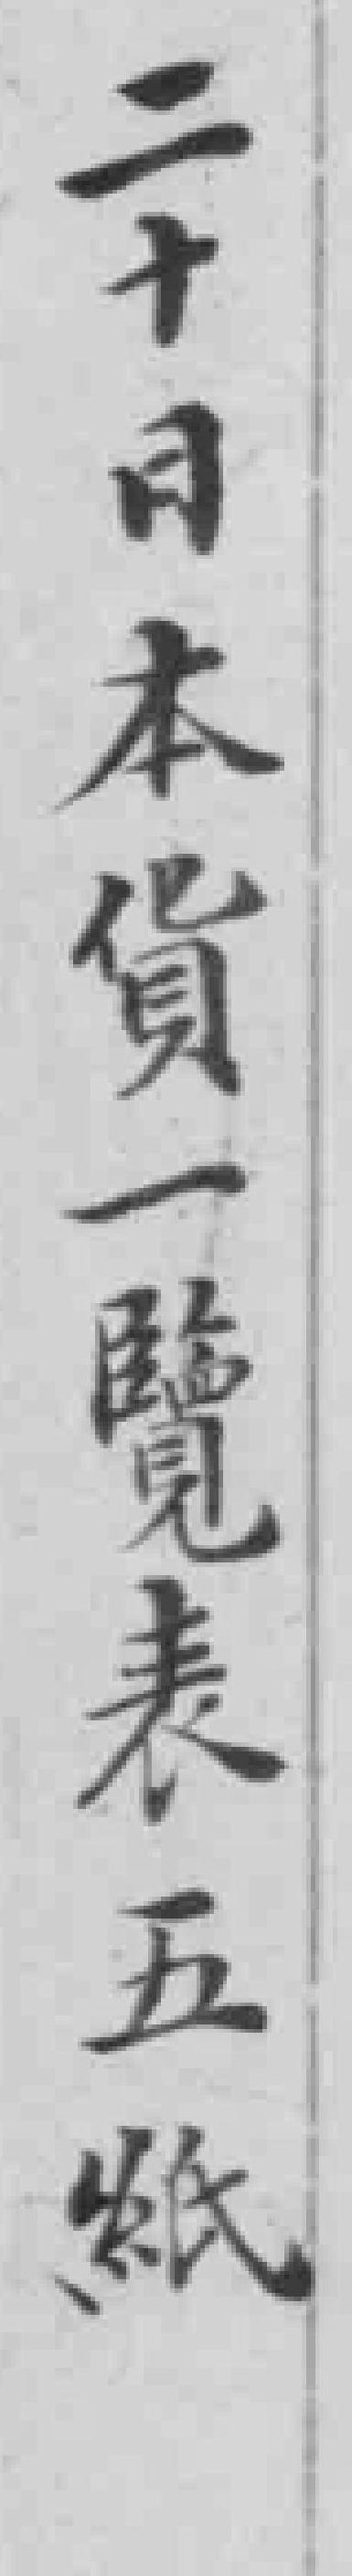
二十日本貨一覽表五紙